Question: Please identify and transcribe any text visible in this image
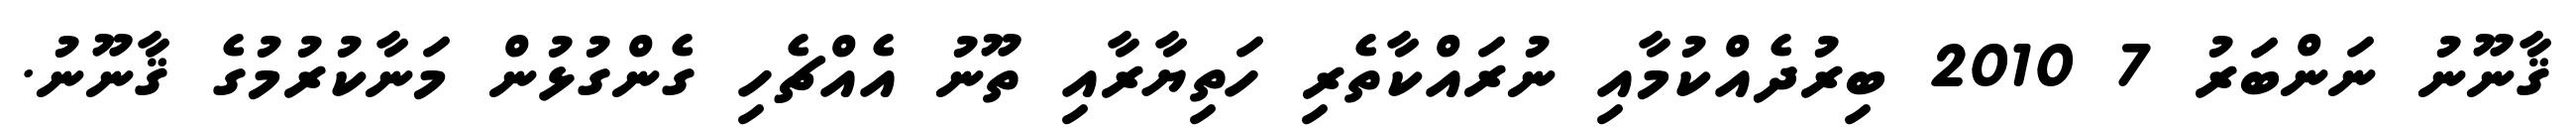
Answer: ޤާނޫނު ނަންބަރު 7 2010 ބިރުދެއްކުމާއި ނުރައްކާތެރި ހަތިޔާރާއި ތޫނު އެއްޗެހި ގެންގުޅުން މަނާކުރުމުގެ ޤާނޫނު.